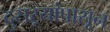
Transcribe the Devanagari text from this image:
दुसऱ्यांपासून